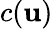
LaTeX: c(\mathbf{u})